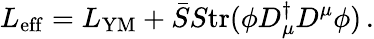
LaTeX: L_{\mathrm{eff}}=L_{\mathrm{YM}}+\bar{S}S\mathrm{tr}(\phi D_{\mu}^{\dagger}D^{\mu}\phi)\, .